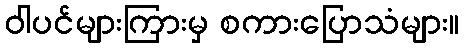
ဝါပင်များကြားမှ စကားပြောသံများ။